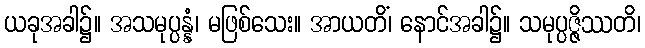
ယခုအခါ၌။ အသမုပ္ပန္နံ၊ မဖြစ်သေး။ အာယတိံ၊ နောင်အခါ၌။ သမုပ္ပဇ္ဇိဿတိ၊